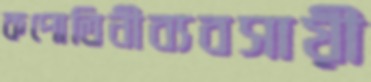
কপোতিনীব্যবসায়ী